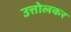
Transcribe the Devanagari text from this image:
उत्तोलकर